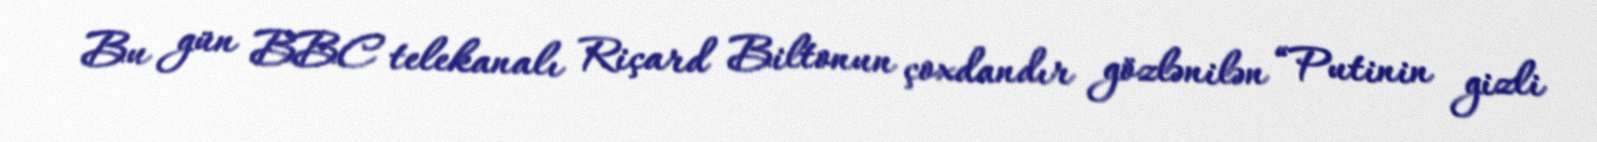
Bu gün BBC telekanalı Riçard Biltonun çoxdandır gözlənilən “Putinin gizli